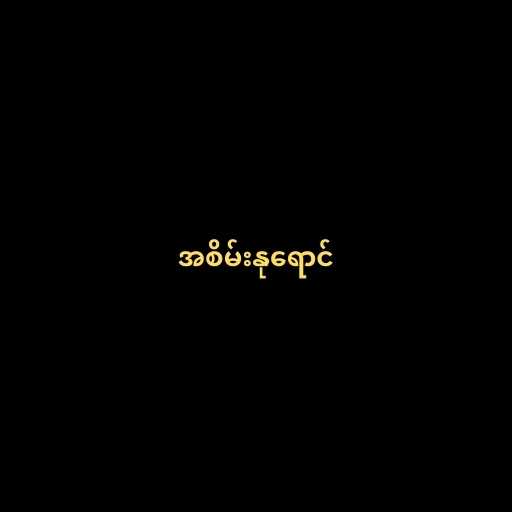
အစိမ်းနုရောင်